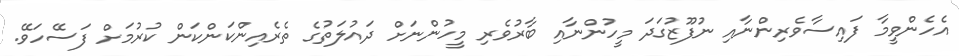
އެހެންވީމާ ފައިސާވެރިންނާއި ނުފޫޒުގަދަ މީހުންނާއި ބާރުވެރި މީހުންނަށް ދައުލަތުގެ ތެރެއިންކަންކަން ކުރުމަށް ފަސޭހަވޭ.